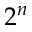
2 ^ { n }